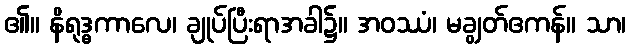
၏။ နိရုဒ္ဓကာလေ၊ ချုပ်ပြီးရာအခါ၌။ အဝဿံ၊ မချွတ်ဧကန်။ သာ၊